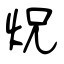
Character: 炾